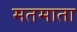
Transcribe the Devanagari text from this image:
मतमाता